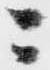
ニ